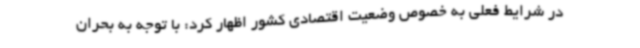
در شرایط فعلی به خصوص وضعیت اقتصادی کشور اظهار کرد: با توجه به بحران